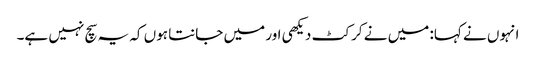
انہوں نے کہا: میں نے کرکٹ دیکھی اور میں جانتا ہوں کہ یہ سچ نہیں ہے۔